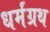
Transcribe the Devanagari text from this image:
धर्मंग्रथ